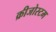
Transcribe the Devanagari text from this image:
क्रीजोस्टम